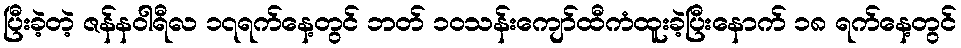
ပြီးခဲ့တဲ့ ဇန်န၀ါရီလ ၁၇ရက်နေ့တွင် ဘတ် ၁၀သန်းကျော်ထီကံထူးခဲ့ပြီးနောက် ၁၈ ရက်နေ့တွင်